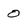
Character: 0